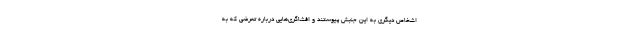
اشخاص دیگری به این جنبش پیوستند و افشاگری‌هایی درباره تعرضی که به